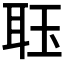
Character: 𮶑